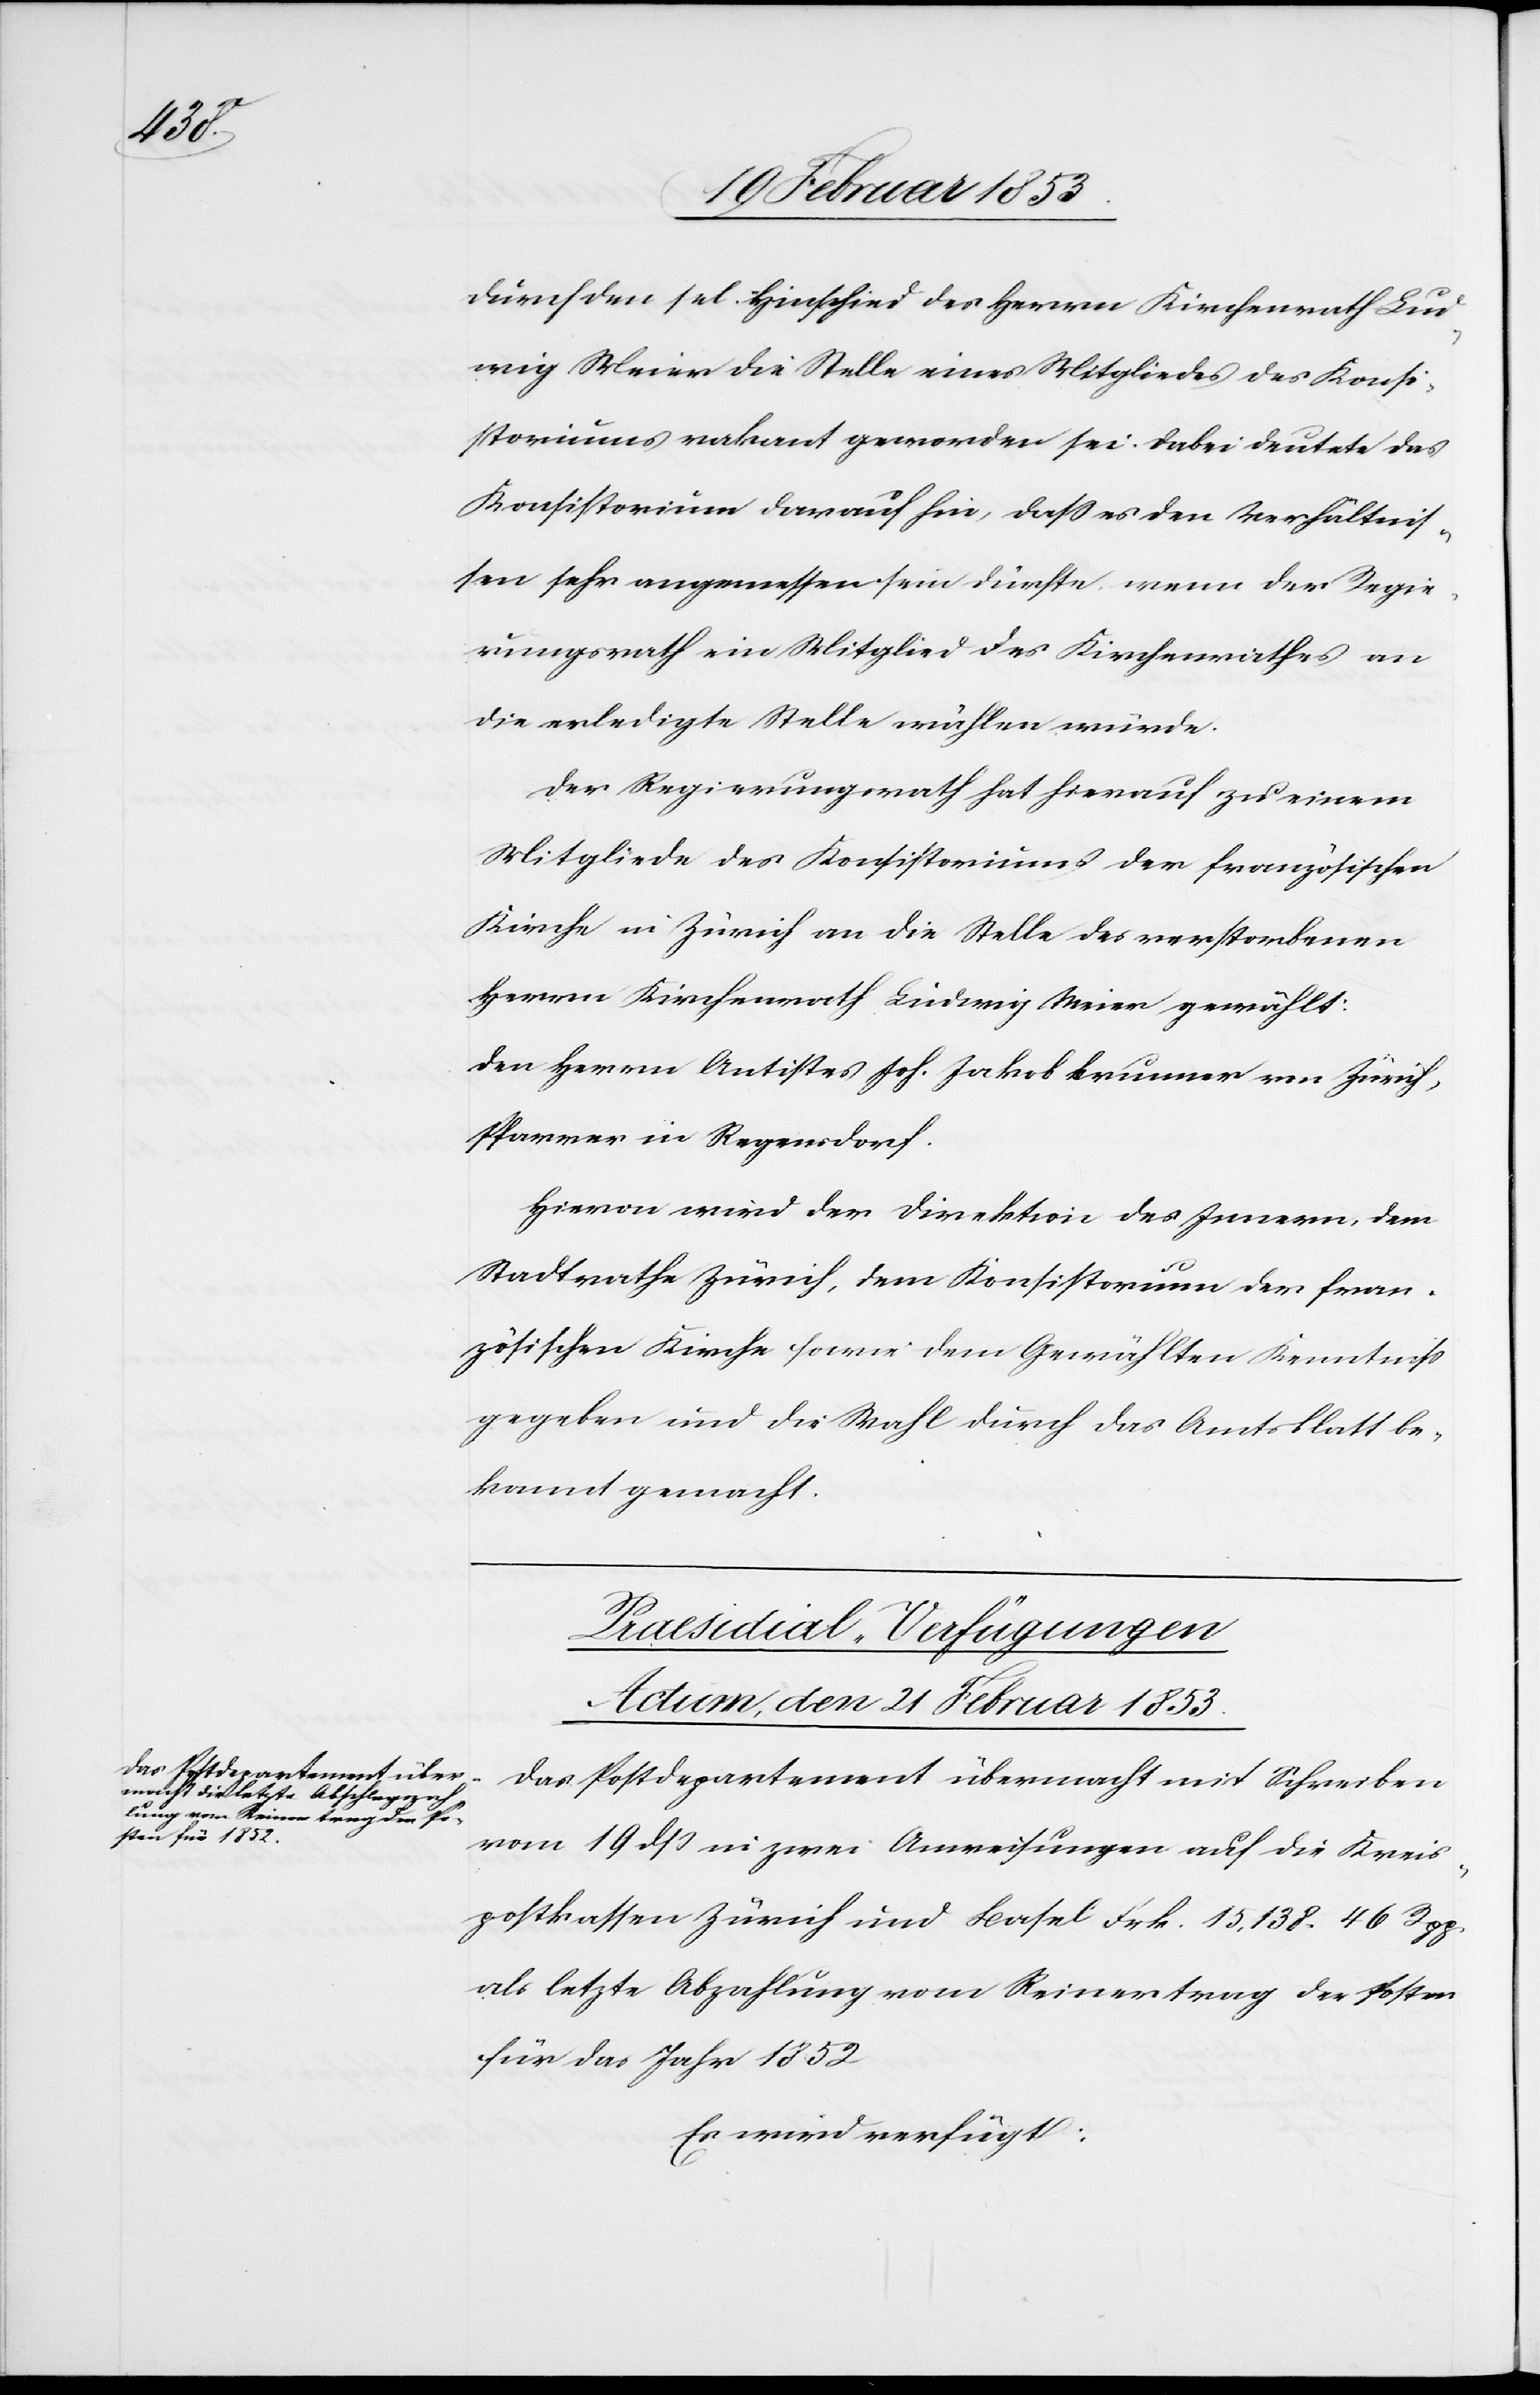
durch den sel. Hinschied des Herrn Kirchenrath Lud¬
wig Meier die Stelle eines Mitgliedes des Konsi¬
storiums vakant geworden sei. Dabei deutete das
Konsistorium darauf hin, daß es den Verhältnis¬
sen sehr angemessen sein dürfte, wenn der Regie¬
rungsrath ein Mitglied des Kirchenrathes an
die erledigte Stelle wählen würde.
Der Regierungsrath hat hierauf zu einem
Mitgliede des Konsistoriums der französischen
Kirche in Zürich an die Stelle des verstorbenen
Herrn Kirchenrath Ludwig Meier gewählt:
Den Herrn Antistes Joh. Jakob Brunner von Zürich,
Pfarrer in Regenstorf.
Hievon wird der Direktion des Innern, dem
Stadtrathe Zürich, dem Konsistorium der fran¬
zösischen Kirche sowie dem Gewählten Kenntniß
gegeben und die Wahl durch das Amtsblatt be¬
kannt gemacht.
Praesidial-Verfügungen
Actum, den 21. Februar 1853.
Das Postdepartement übermacht mit Schreiben
vom 19 dß in zwei Anweisungen auf die Kreis¬
postkassen Zürich und Basel Frk. 15, 138. 46 Rpp.
als letzte Abzahlung vom Reinertrag der Posten
für das Jahr 1852
Es wird verfügt: